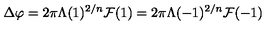
\Delta \varphi = 2 \pi \Lambda ( 1 ) ^ { 2 / n } { \cal F } ( 1 ) = 2 \pi \Lambda ( - 1 ) ^ { 2 / n } { \cal F } ( - 1 )